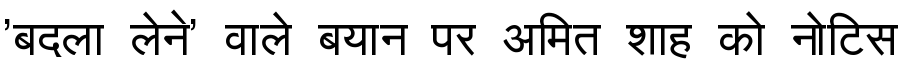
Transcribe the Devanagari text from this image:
'बदला लेने' वाले बयान पर अमित शाह को नोटिस